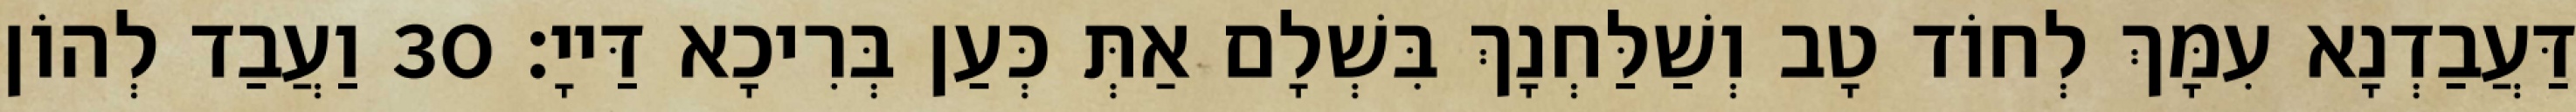
דַּעֲבַדְנָא עִמָּךְ לְחוֹד טָב וְשַׁלַּחְנָךְ בִּשְׁלָם אַתְּ כְּעַן בְּרִיכָא דַּייָ׃ 30 וַעֲבַד לְהוֹן